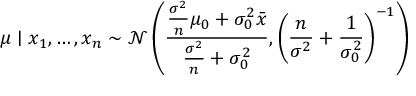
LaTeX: \mu \mid x _ { 1 } , \ldots , x _ { n } \sim { \mathcal { N } } \left( { \frac { { \frac { \sigma ^ { 2 } } { n } } \mu _ { 0 } + \sigma _ { 0 } ^ { 2 } { \bar { x } } } { { \frac { \sigma ^ { 2 } } { n } } + \sigma _ { 0 } ^ { 2 } } } , \left( { \frac { n } { \sigma ^ { 2 } } } + { \frac { 1 } { \sigma _ { 0 } ^ { 2 } } } \right) ^ { - 1 } \right)